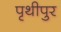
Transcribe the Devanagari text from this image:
पृथीपुर